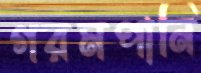
গরমপানি